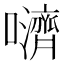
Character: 𫬵